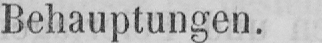
Behauptungen.